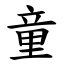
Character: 童